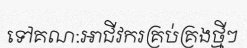
ទៅគណ:អាជីវករគ្រប់គ្រងថ្មីៗ